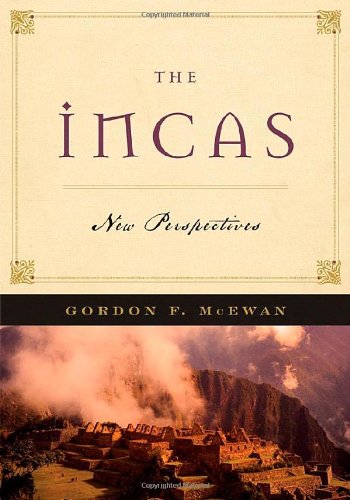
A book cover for The Incas: New Perpectives; Gordon F. McEwan; History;